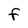
Character: F